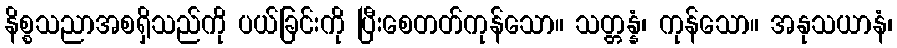
နိစ္စသညာအစရှိသည်ကို ပယ်ခြင်းကို ပြီးစေတတ်ကုန်သော။ သတ္တန္နံ၊ ကုန်သော။ အနုသယာနံ၊